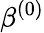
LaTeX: \beta^{(0)}